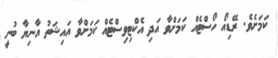
ކަމަށެވެ. ރޭޑިއޯ ހޯސްޓެއް ކަމަށްވާ އަދި އެކްޓިވިސްޓެއް ކަމަށްވާ އައިޝަތު އާނިޔާ ބުނީ